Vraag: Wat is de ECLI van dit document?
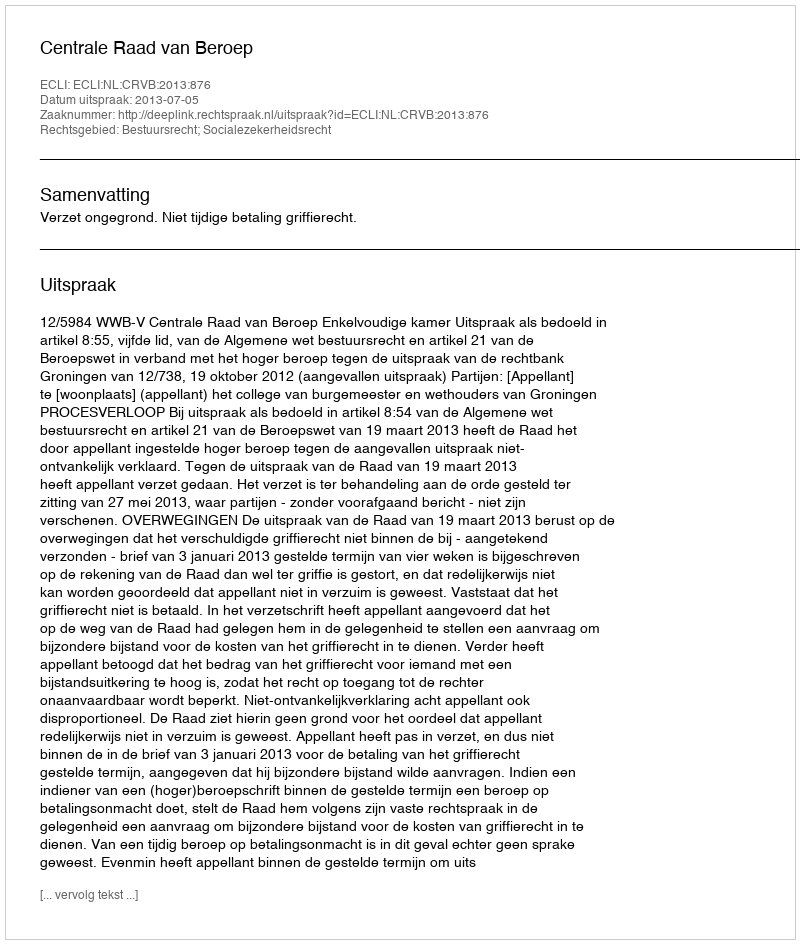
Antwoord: ECLI:NL:CRVB:2013:876